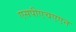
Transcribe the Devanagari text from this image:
एसपीएचएएन